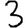
Digit: 3